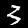
Digit: 3